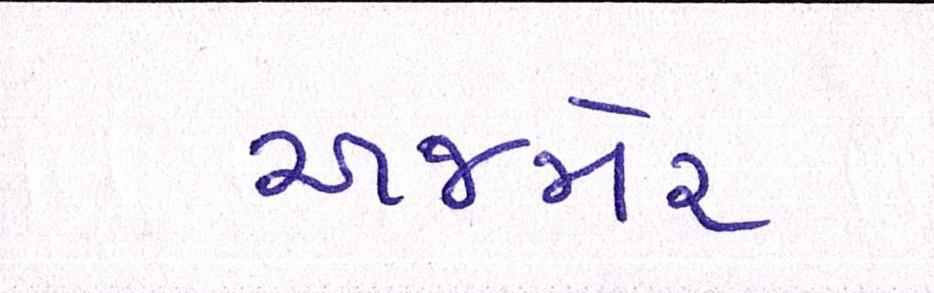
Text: અજમેર